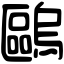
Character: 𠥹